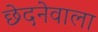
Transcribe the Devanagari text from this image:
छेदनेवाला